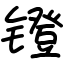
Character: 镫